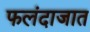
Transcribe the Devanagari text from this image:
फलंदाजात